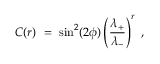
C ( r ) \ = \ \sin ^ { 2 } ( 2 \phi ) \left( \frac { \lambda _ { + } } { \lambda _ { - } } \right) ^ { r } \ ,